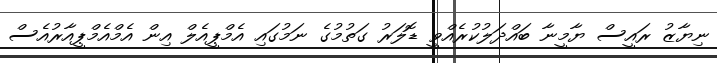
ނިޔާޒު ރައީސް ޔާމީނާ ބައްދަލުކުރެއްވީ ޑޮލަރު ގަތުމުގެ ނަމުގައި އެމްޕީއެލް އިން އެމްއެމްޕީއާރުއެސް